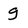
Character: g